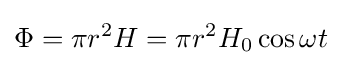
\Phi =\pi r^{2}H=\pi r^{2}H_{0}\cos \omega t